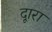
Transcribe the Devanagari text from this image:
दूारा